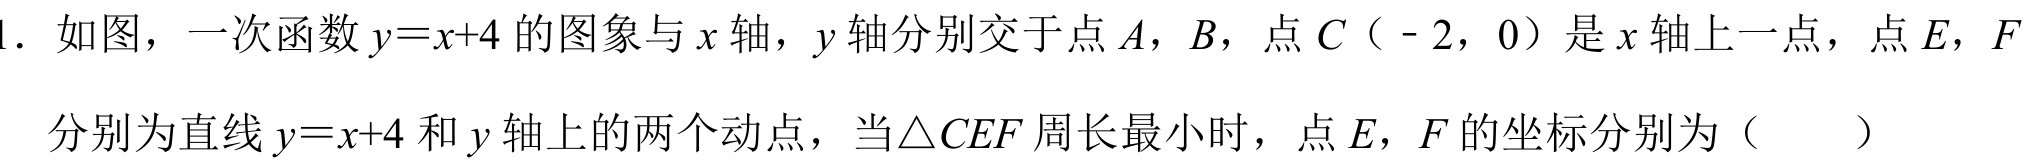
1. 如图，一次函数 \(y = x + 4\) 的图象与 \(x\) 轴，\(y\) 轴分别交于点 \(A\)，\(B\)，点 \(C(-2,0)\) 是 \(x\) 轴上一点，点 \(E\)，\(F\)
分别为直线 \(y = x + 4\) 和 \(y\) 轴上的两个动点，当\(\triangle CEF\) 周长最小时，点 \(E\)，\(F\) 的坐标分别为（  ）